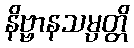
နိဗ္ဗာနသမ္ပတ္တိ